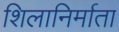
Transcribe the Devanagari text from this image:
शिलानिर्माता